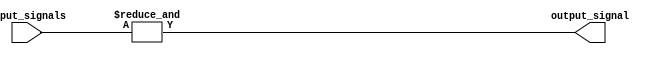
module eight_input_and_gate (
    input [7:0] input_signals,
    output reg output_signal
);

always @* begin
    output_signal = (&input_signals);
end

endmodule